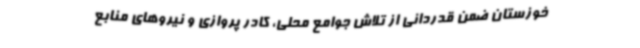
خوزستان ضمن قدردانی از تلاش جوامع محلی، کادر پروازی و نیروهای منابع